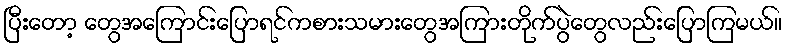
ပြီးတော့ တွေအကြောင်းပြောရင်ကစားသမားတွေအကြားတိုက်ပွဲတွေလည်းပြောကြမယ်။